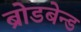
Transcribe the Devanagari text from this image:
ब्रोडबेन्ड